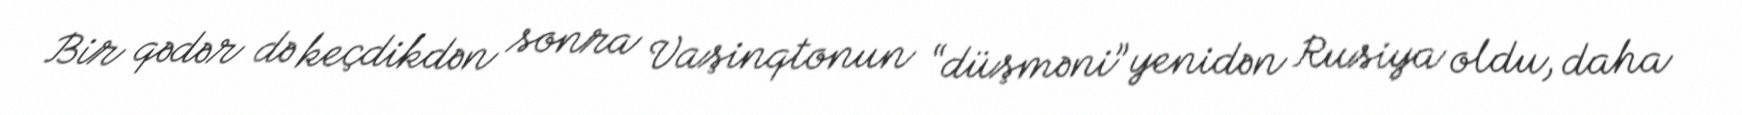
Bir qədər də keçdikdən sonra Vaşinqtonun “düşməni” yenidən Rusiya oldu, daha